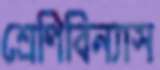
শ্রেণিবিন্যাস